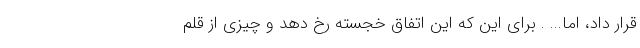
قرار داد، اما... . برای این که این اتفاق خجسته رخ دهد و چیزی از قلم